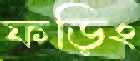
ফড়িং